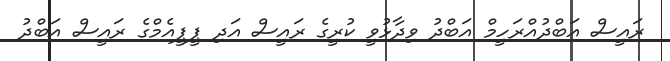
ރައީސް އަބްދުއްރަހީމް އަބްދު ވިދާޅުވީ ކުރީގެ ރައީސް އަދި ޕީޕީއެމްގެ ރައީސް އަބްދު